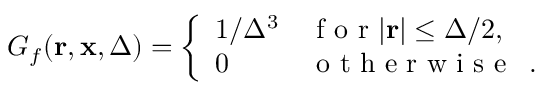
G _ { f } ( \mathbf { r } , \mathbf { x } , \Delta ) = \left\{ \begin{array} { l l } { 1 / \Delta ^ { 3 } } & { \mathrm { ~ f ~ o ~ r ~ } | \mathbf { r } | \le \Delta / 2 , } \\ { 0 } & { \mathrm { ~ o ~ t ~ h ~ e ~ r ~ w ~ i ~ s ~ e ~ \, ~ . ~ } } \end{array} \right.